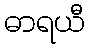
ဓာရယီ